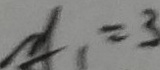
y _ { 1 } = 3